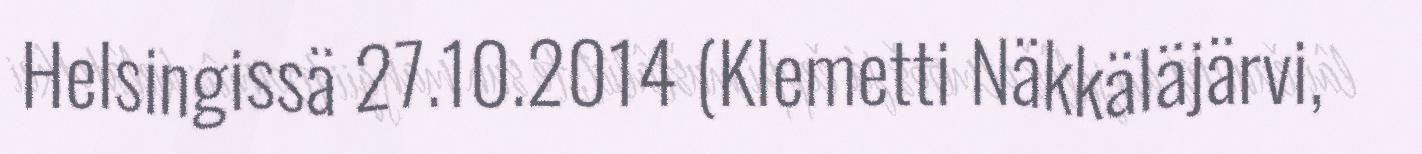
Helsingissä 27.10.2014 (Klemetti Näkkäläjärvi,